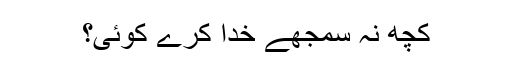
کچھ نہ سمجھے خدا کرے کوئی؟